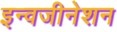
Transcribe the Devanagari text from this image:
इन्वजीनेशन